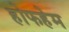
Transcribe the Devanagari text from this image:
होफहेम